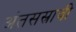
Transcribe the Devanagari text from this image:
अंतसस्रावी